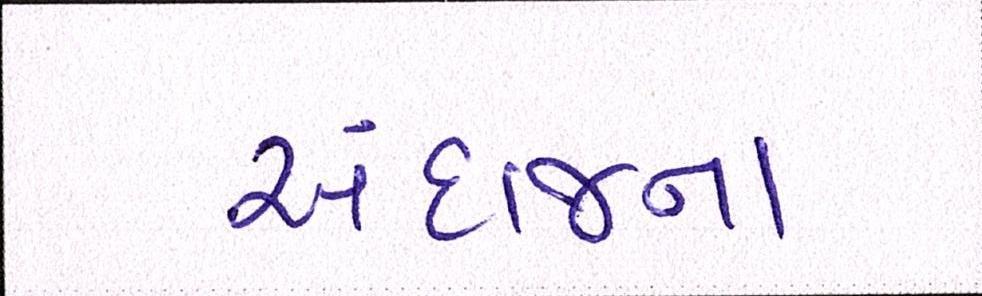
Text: અંદાજના